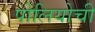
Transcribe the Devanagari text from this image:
पोलियोची